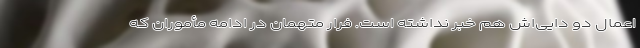
اعمال دو دایی‌اش هم خبر نداشته است. فرار متهمان در ادامه مأموران که